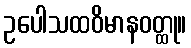
ဥပေါသထဝိမာနဝတ္ထု။